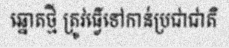
ឆ្នោតថ្មី ត្រូវធ្វើទៅកាន់ប្រជាជាតិ